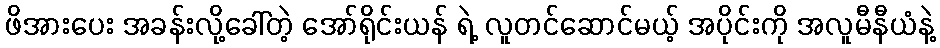
ဖိအားပေး အခန်းလို့ခေါ်တဲ့ အော်ရိုင်းယန် ရဲ့ လူတင်ဆောင်မယ့် အပိုင်းကို အလူမီနီယံနဲ့